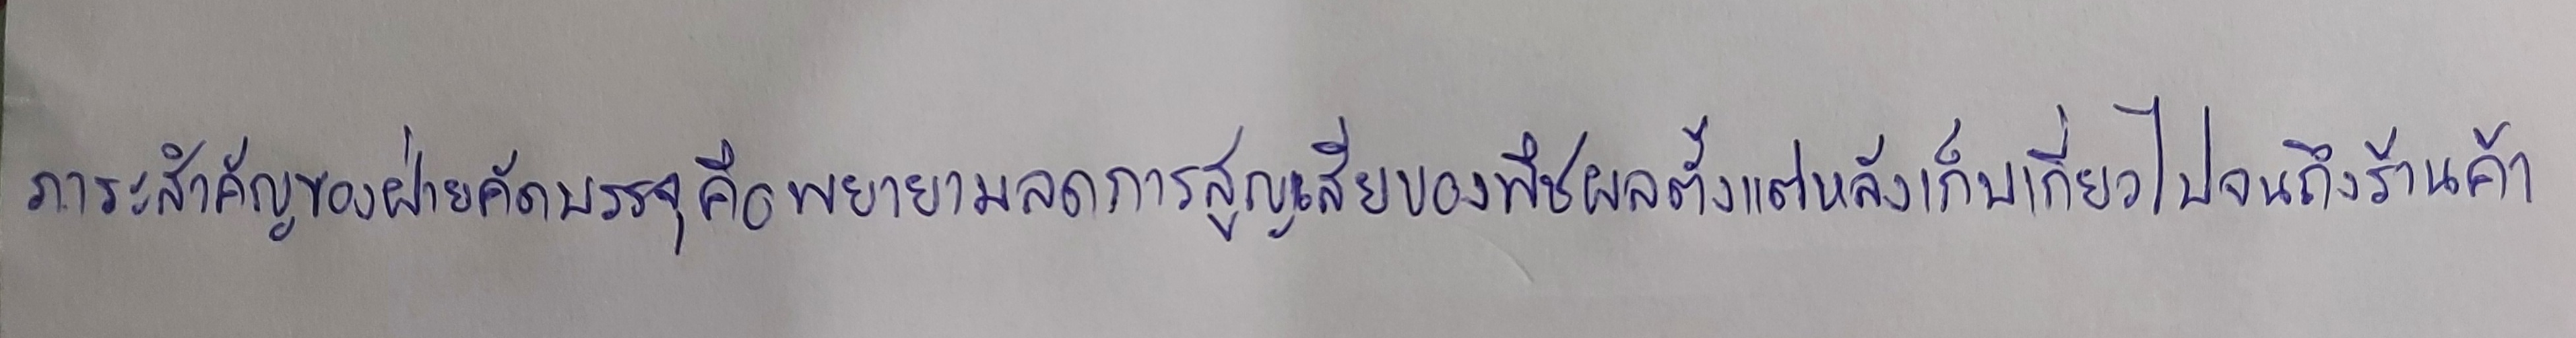
ภาระสำคัญของฝ่ายคัดบรรจุคือพยายามลดการสูญเสียของพืชผลตั้งแต่หลังเก็บเกี่ยวไปจนถึงร้านค้า